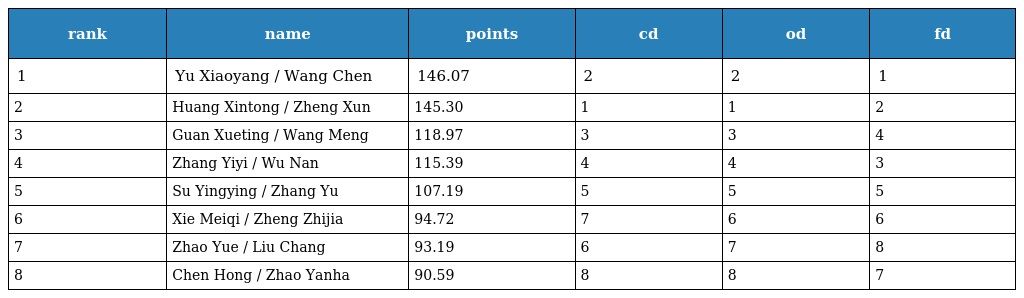
| rank | name | points | cd | od | fd |
 | --- | --- | --- | --- | --- | --- |
 | 1 | Yu Xiaoyang / Wang Chen | 146.07 | 2 | 2 | 1 |
 | 2 | Huang Xintong / Zheng Xun | 145.30 | 1 | 1 | 2 |
 | 3 | Guan Xueting / Wang Meng | 118.97 | 3 | 3 | 4 |
 | 4 | Zhang Yiyi / Wu Nan | 115.39 | 4 | 4 | 3 |
 | 5 | Su Yingying / Zhang Yu | 107.19 | 5 | 5 | 5 |
 | 6 | Xie Meiqi / Zheng Zhijia | 94.72 | 7 | 6 | 6 |
 | 7 | Zhao Yue / Liu Chang | 93.19 | 6 | 7 | 8 |
 | 8 | Chen Hong / Zhao Yanha | 90.59 | 8 | 8 | 7 |